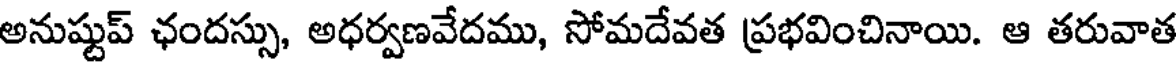
అనుష్టుప్ ఛందస్సు, అధర్వణవేదము, సోమదేవత ప్రభవించినాయి. ఆ తరువాత